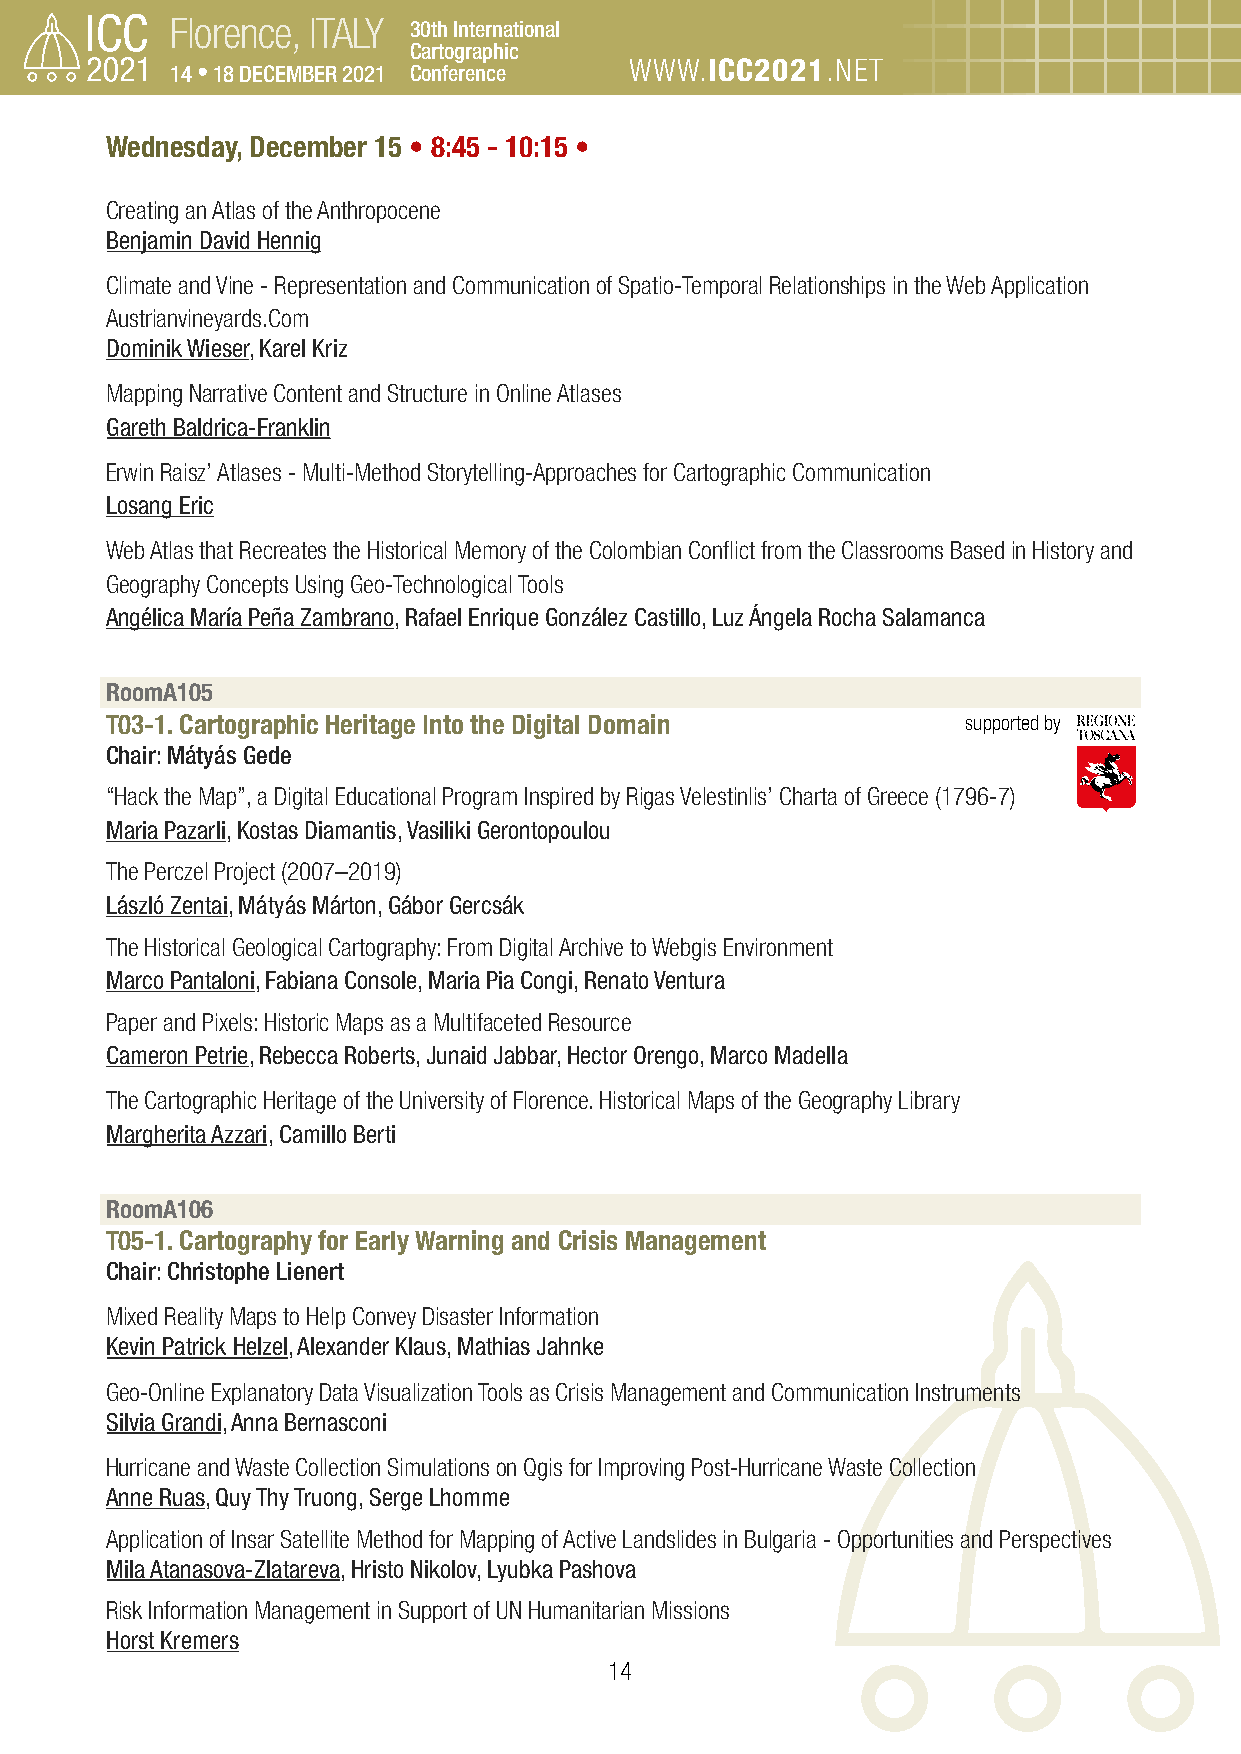
Florence, ITALY 30th International
 Cartographic
 14 • 18 DECEMBER 2021 Conference WWW.ICC2021.NET
 Wednesday, December 15 • 8:45 - 10:15 •
 Creating an Atlas of the Anthropocene
 Benjamin David Hennig
 Climate and Vine - Representation and Communication of Spatio-Temporal Relationships in the Web Application
 Austrianvineyards.Com
 Dominik Wieser, Karel Kriz
 Mapping Narrative Content and Structure in Online Atlases
 Gareth Baldrica-Franklin
 Erwin Raisz’ Atlases - Multi-Method Storytelling-Approaches for Cartographic Communication
 Losang Eric
 Web Atlas that Recreates the Historical Memory of the Colombian Conflict from the Classrooms Based in History and
 Geography Concepts Using Geo-Technological Tools
 Angélica María Peña Zambrano, Rafael Enrique González Castillo, Luz Ángela Rocha Salamanca
 RoomA105
 T03-1. Cartographic Heritage Into the Digital Domain     supported by
 Chair: Mátyás Gede
 “Hack the Map”, a Digital Educational Program Inspired by Rigas Velestinlis’ Charta of Greece (1796-7)
 Maria Pazarli, Kostas Diamantis, Vasiliki Gerontopoulou
 The Perczel Project (2007–2019)
 László Zentai, Mátyás Márton, Gábor Gercsák
 The Historical Geological Cartography: From Digital Archive to Webgis Environment
 Marco Pantaloni, Fabiana Console, Maria Pia Congi, Renato Ventura
 Paper and Pixels: Historic Maps as a Multifaceted Resource
 Cameron Petrie, Rebecca Roberts, Junaid Jabbar, Hector Orengo, Marco Madella
 The Cartographic Heritage of the University of Florence. Historical Maps of the Geography Library
 Margherita Azzari, Camillo Berti
 RoomA106
 T05-1. Cartography for Early Warning and Crisis Management
 Chair: Christophe Lienert
 Mixed Reality Maps to Help Convey Disaster Information
 Kevin Patrick Helzel, Alexander Klaus, Mathias Jahnke
 Geo-Online Explanatory Data Visualization Tools as Crisis Management and Communication Instruments
 Silvia Grandi, Anna Bernasconi
 Hurricane and Waste Collection Simulations on Qgis for Improving Post-Hurricane Waste Collection
 Anne Ruas, Quy Thy Truong, Serge Lhomme
 Application of Insar Satellite Method for Mapping of Active Landslides in Bulgaria - Opportunities and Perspectives
 Mila Atanasova-Zlatareva, Hristo Nikolov, Lyubka Pashova
 Risk Information Management in Support of UN Humanitarian Missions
 Horst Kremers
 14